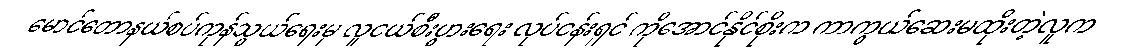
မောင်တောနယ်စပ်ကုန်သွယ်ရေးမှ လူငယ်စီးပွားရေး လုပ်ငန်းရှင် ကိုအောင်နိုင်စိုးက ကာကွယ်ဆေးမထိုးတဲ့လူက